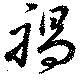
禍